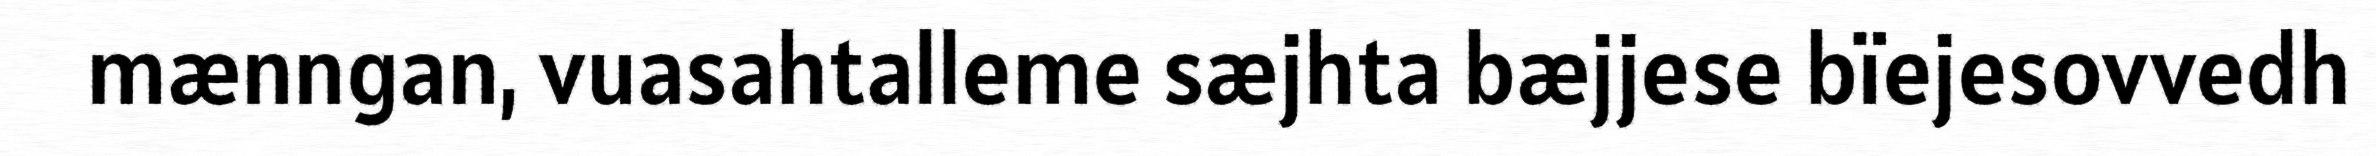
mænngan, vuasahtalleme sæjhta bæjjese bïejesovvedh